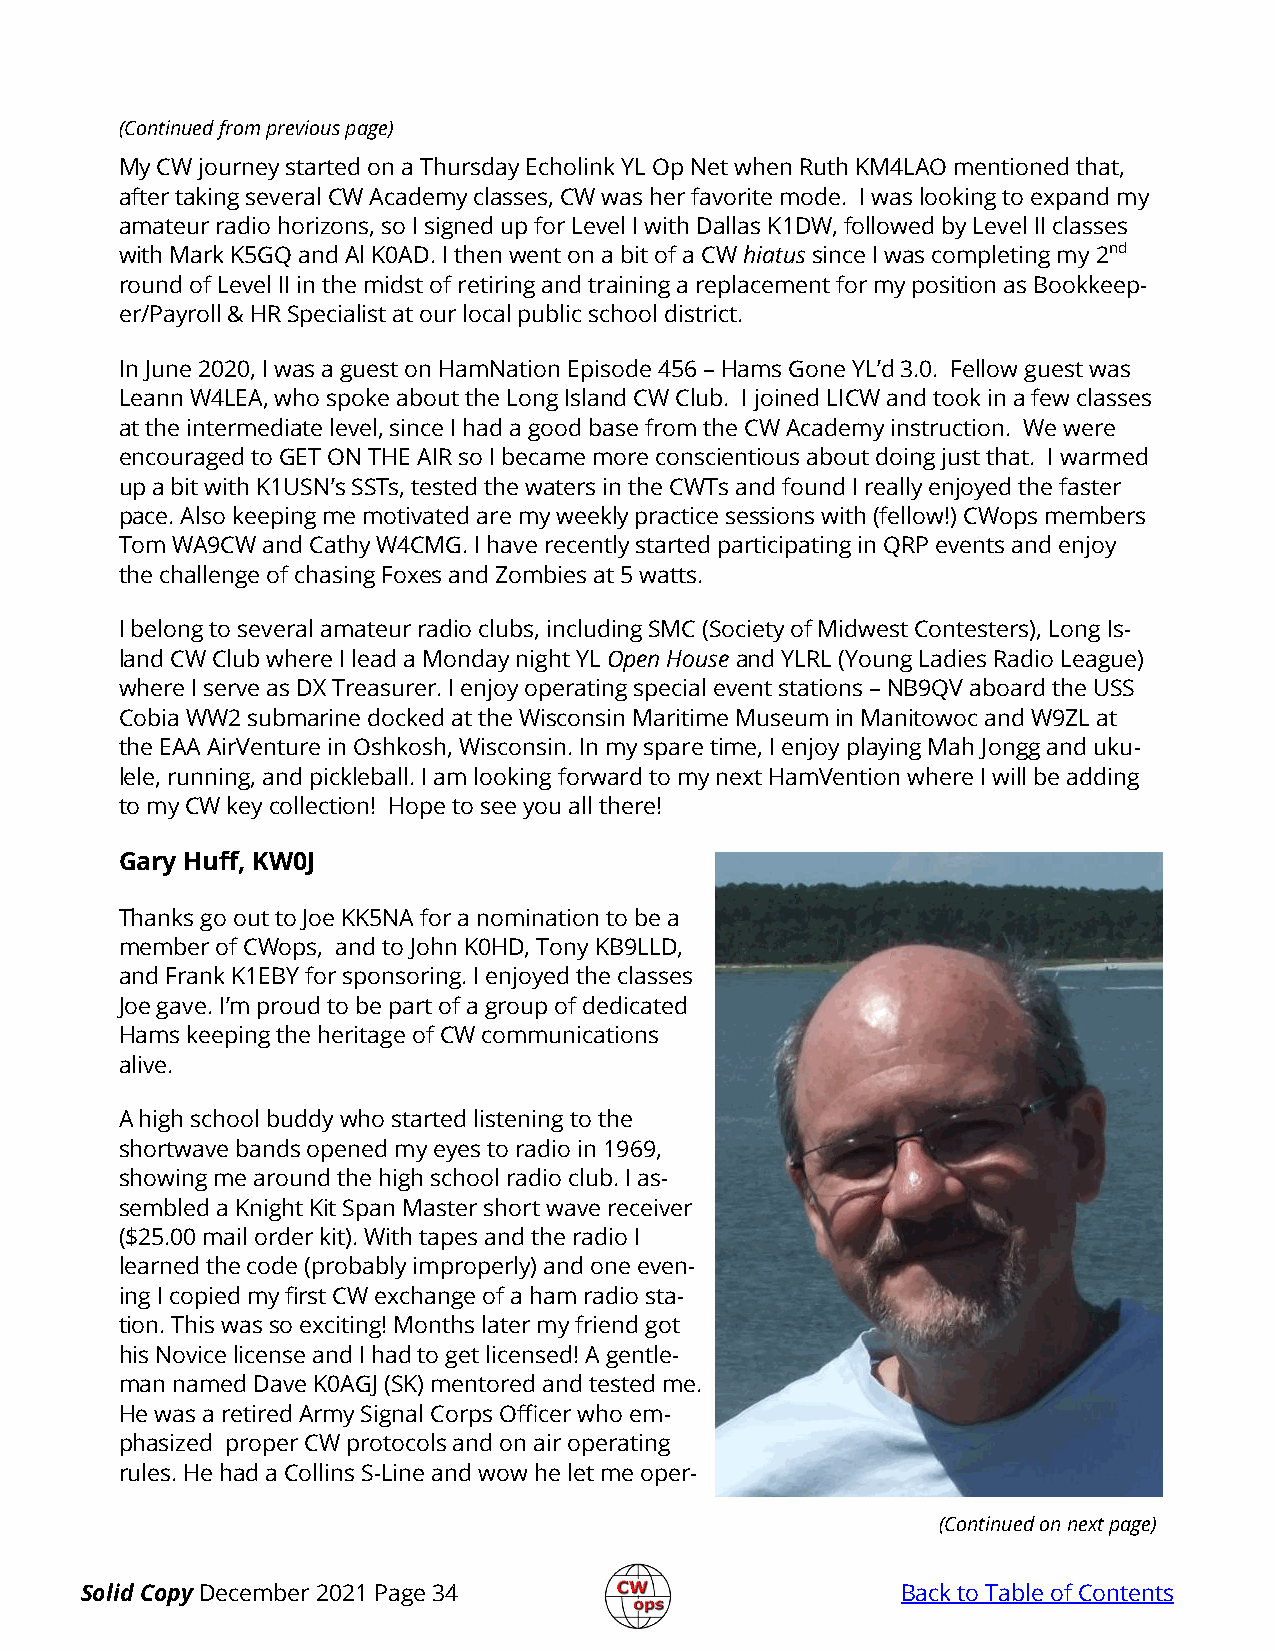
(Continued from previous page)
 My CW journey started on a Thursday Echolink YL Op Net when Ruth KM4LAO mentioned that,
 after taking several CW Academy classes, CW was her favorite mode. I was looking to expand my
 amateur radio horizons, so I signed up for Level I with Dallas K1DW, followed by Level II classes
 with Mark K5GQ and Al K0AD. I then went on a bit of a CW hiatus since I was completing my 2nd
 round of Level II in the midst of retiring and training a replacement for my position as Bookkeep-
 er/Payroll & HR Specialist at our local public school district.
 In June 2020, I was a guest on HamNation Episode 456 – Hams Gone YL’d 3.0. Fellow guest was
 Leann W4LEA, who spoke about the Long Island CW Club. I joined LICW and took in a few classes
 at the intermediate level, since I had a good base from the CW Academy instruction. We were
 encouraged to GET ON THE AIR so I became more conscientious about doing just that. I warmed
 up a bit with K1USN’s SSTs, tested the waters in the CWTs and found I really enjoyed the faster
 pace. Also keeping me motivated are my weekly practice sessions with (fellow!) CWops members
 Tom WA9CW and Cathy W4CMG. I have recently started participating in QRP events and enjoy
 the challenge of chasing Foxes and Zombies at 5 watts.
 I belong to several amateur radio clubs, including SMC (Society of Midwest Contesters), Long Is-
 land CW Club where I lead a Monday night YL Open House and YLRL (Young Ladies Radio League)
 where I serve as DX Treasurer. I enjoy operating special event stations – NB9QV aboard the USS
 Cobia WW2 submarine docked at the Wisconsin Maritime Museum in Manitowoc and W9ZL at
 the EAA AirVenture in Oshkosh, Wisconsin. In my spare time, I enjoy playing Mah Jongg and uku-
 lele, running, and pickleball. I am looking forward to my next HamVention where I will be adding
 to my CW key collection! Hope to see you all there!
 Gary Huff, KW0J
 Thanks go out to Joe KK5NA for a nomination to be a
 member of CWops, and to John K0HD, Tony KB9LLD,
 and Frank K1EBY for sponsoring. I enjoyed the classes
 Joe gave. I’m proud to be part of a group of dedicated
 Hams keeping the heritage of CW communications
 alive.
 A high school buddy who started listening to the
 shortwave bands opened my eyes to radio in 1969,
 showing me around the high school radio club. I as-
 sembled a Knight Kit Span Master short wave receiver
 ($25.00 mail order kit). With tapes and the radio I
 learned the code (probably improperly) and one even-
 ing I copied my first CW exchange of a ham radio sta-
 tion. This was so exciting! Months later my friend got
 his Novice license and I had to get licensed! A gentle-
 man named Dave K0AGJ (SK) mentored and tested me.
 He was a retired Army Signal Corps Officer who em-
 phasized proper CW protocols and on air operating
 rules. He had a Collins S-Line and wow he let me oper-
 (Continued on next page)
 Solid Copy December 2021 Page 34                       Back to Table of Contents